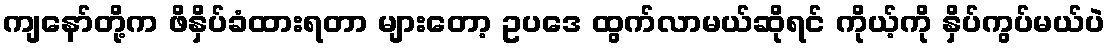
ကျနော်တို့က ဖိနှိပ်ခံထားရတာ များတော့ ဥပဒေ ထွက်လာမယ်ဆိုရင် ကိုယ့်ကို နှိပ်ကွပ်မယ်ပဲ